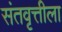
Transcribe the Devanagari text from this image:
संतवृत्तीला